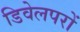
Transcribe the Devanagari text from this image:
डिवेलपरों